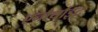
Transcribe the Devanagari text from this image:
एनौर्थाइट